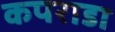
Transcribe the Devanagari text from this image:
कपराडा